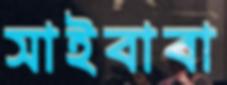
সাইবাবা